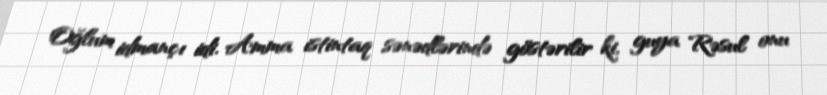
Oğlum idmançı idi. Amma istintaq sənədlərində göstərilir ki, guya Rəsul onu